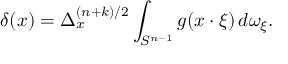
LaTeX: \delta ( x ) = \Delta _ { x } ^ { ( n + k ) / 2 } \int _ { S ^ { n - 1 } } g ( x \cdot \xi ) \, d \omega _ { \xi } .